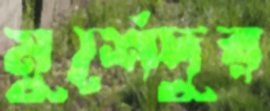
মুর্শেদুর